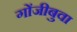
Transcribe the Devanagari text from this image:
गोंजीबुवा